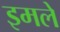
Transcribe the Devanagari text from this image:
इमले